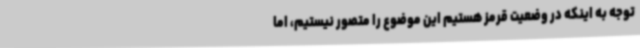
توجه به اینکه در وضعیت قرمز هستیم این موضوع را متصور نیستیم، اما